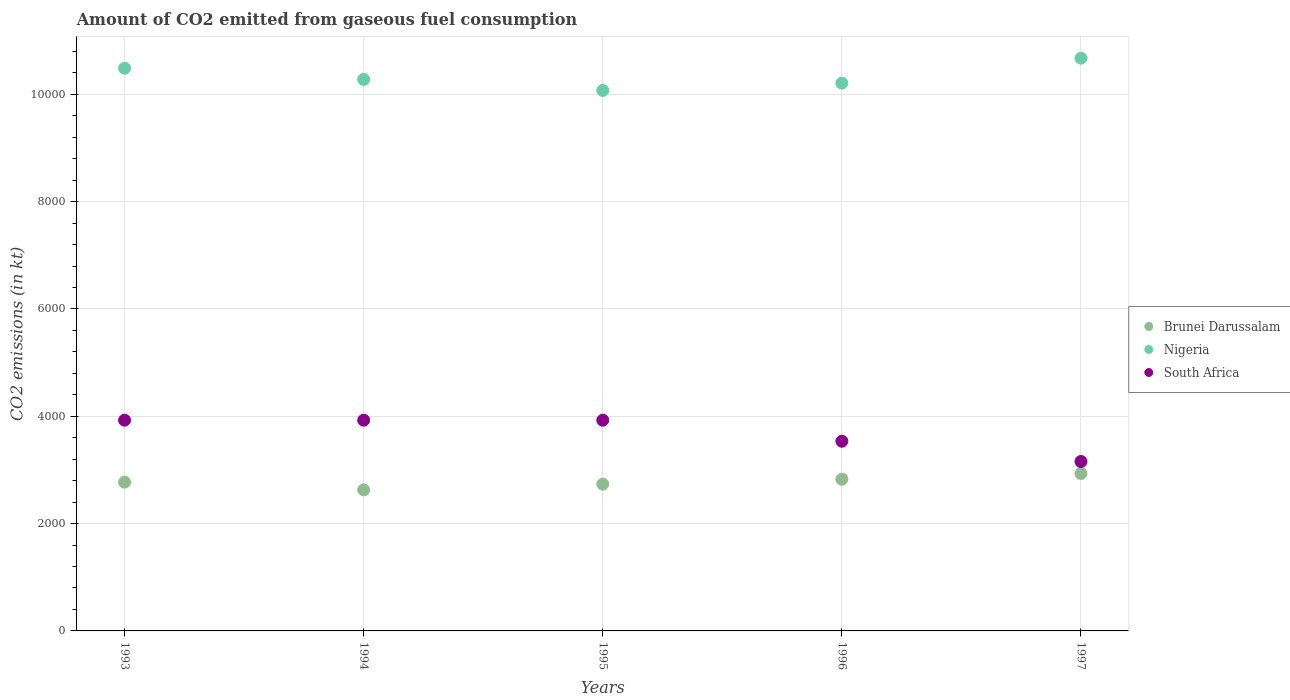
| Years | Brunei Darussalam | Nigeria | South Africa |
 | --- | --- | --- | --- |
 | 1993 | 2.77e+03 | 1.05e+04 | 3.93e+03 |
 | 1994 | 2.63e+03 | 1.03e+04 | 3.93e+03 |
 | 1995 | 2.74e+03 | 1.01e+04 | 3.93e+03 |
 | 1996 | 2.83e+03 | 1.02e+04 | 3.53e+03 |
 | 1997 | 2.93e+03 | 1.07e+04 | 3.16e+03 |